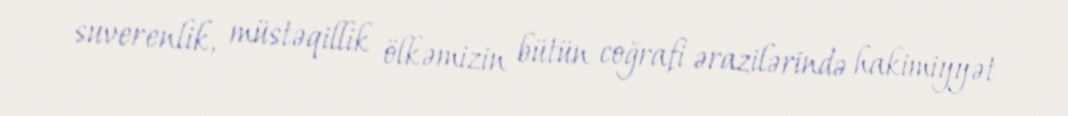
suverenlik, müstəqillik ölkəmizin bütün coğrafi ərazilərində hakimiyyət